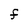
Character: F